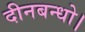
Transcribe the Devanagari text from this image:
दीनबन्धो।